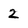
Character: 2